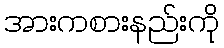
အားကစားနည်းကို